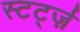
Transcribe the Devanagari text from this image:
स्टर्ट्ज़